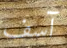
آسف